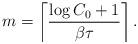
LaTeX: \begin{align*}m =\left\lceil\frac{\log C_0+1}{\beta\tau}\right\rceil.\end{align*}